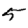
Digit: 5